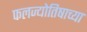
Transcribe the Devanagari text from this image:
फलज्योतिषाच्या